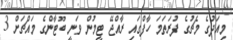
މިއަދުގެ މެޗުގެ ފުރަތަމަ ހާފްގައި ރާއްޖޭ ޓީމުން ވަނީ ބޫޓާންގެ މައްޗަށް 3